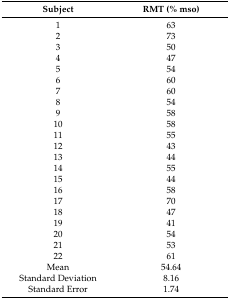
<table><thead><tr><td><b>Subject</b></td><td><b>RMT (% mso)</b></td></tr></thead><tbody><tr><td>1</td><td>63</td></tr><tr><td>2</td><td>73</td></tr><tr><td>3</td><td>50</td></tr><tr><td>4</td><td>47</td></tr><tr><td>5</td><td>54</td></tr><tr><td>6</td><td>60</td></tr><tr><td>7</td><td>60</td></tr><tr><td>8</td><td>54</td></tr><tr><td>9</td><td>58</td></tr><tr><td>10</td><td>58</td></tr><tr><td>11</td><td>55</td></tr><tr><td>12</td><td>43</td></tr><tr><td>13</td><td>44</td></tr><tr><td>14</td><td>55</td></tr><tr><td>15</td><td>44</td></tr><tr><td>16</td><td>58</td></tr><tr><td>17</td><td>70</td></tr><tr><td>18</td><td>47</td></tr><tr><td>19</td><td>41</td></tr><tr><td>20</td><td>54</td></tr><tr><td>21</td><td>53</td></tr><tr><td>22</td><td>61</td></tr><tr><td>Mean</td><td>54.64</td></tr><tr><td>Standard Deviation</td><td>8.16</td></tr><tr><td>Standard Error</td><td>1.74</td></tr></tbody></table>